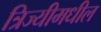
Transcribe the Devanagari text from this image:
त्रिज्यीमधील